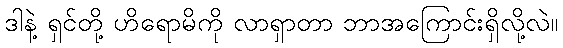
ဒါနဲ့ ရှင်တို့ ဟိရောမိကို လာရှာတာ ဘာအကြောင်းရှိလို့လဲ။